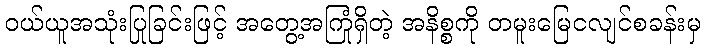
ဝယ်ယူအသုံးပြုခြင်းဖြင့် အတွေ့အကြုံရှိတဲ့ အနိစ္စကို တမူးမြေငလျင်စခန်းမှ